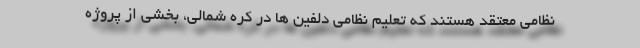
نظامی معتقد هستند که تعلیم نظامی دلفین ها در کره شمالی، بخشی از پروژه